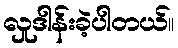
လှုဒါန်းခဲ့ပါတယ်။